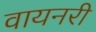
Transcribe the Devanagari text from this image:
वायनरी